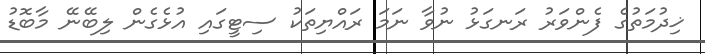
ޚިދުމަތުގެ ފެންވަރު ރަނގަޅު ނުވާ ނަމަ ރައްޔިތަކު ސިޓީގައި އުޅެގެން ލިބޭނޭ މާބޮޑު